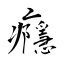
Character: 癮